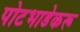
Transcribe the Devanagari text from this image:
पोटभाडेकरू